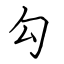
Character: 勾